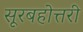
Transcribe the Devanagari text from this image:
सूरबहोत्तरी